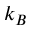
k _ { B }